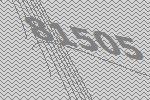
81505